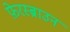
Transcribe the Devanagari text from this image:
फ़ेरस्ब्राउन